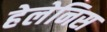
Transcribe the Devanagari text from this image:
हेलेनिस